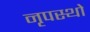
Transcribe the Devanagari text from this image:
नृपस्थो